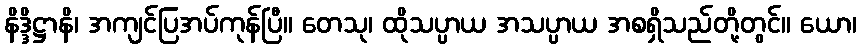
နိဒ္ဒိဋ္ဌာနိ၊ အကျင်ပြအပ်ကုန်ပြီ။ တေသု၊ ထိုသပ္ပာယ အသပ္ပာယ အစရှိသည်တို့တွင်။ ယော၊